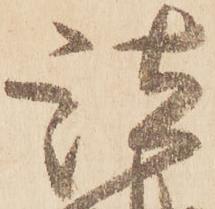
諸